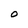
Character: 0